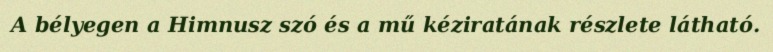
A bélyegen a Himnusz szó és a mű kéziratának részlete látható.